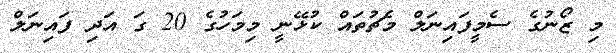
މި ޒޯނުގެ ސެމީފައިނަލް މެޗުތައް ކުޅޭނީ މިމަހުގެ 20 ގަ އަދި ފައިނަލް